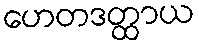
ဟေတဒတ္ထာယ